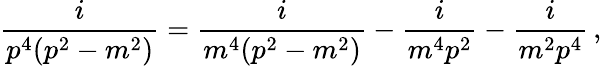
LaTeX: \frac{i}{p^{4}(p^{2}-m^{2})}=\frac{i}{m^{4}(p^{2}-m^{2})}-\frac{i}{m^{4}p^{2}}-\frac{i}{m^{2}p^{4}}\, ,